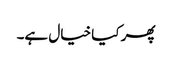
پھر کیا خیال ہے۔